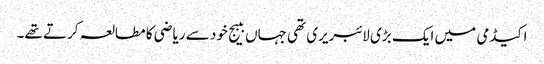
اکیڈمی میں ایک بڑی لائبریری تھی جہاں ببیج خود سے ریاضی کا مطالعہ کرتے تھے۔